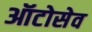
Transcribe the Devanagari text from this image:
ऑटोसेव